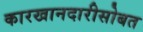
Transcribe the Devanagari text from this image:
कारखानदारीसोबत